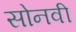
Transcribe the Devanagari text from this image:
सोनवी